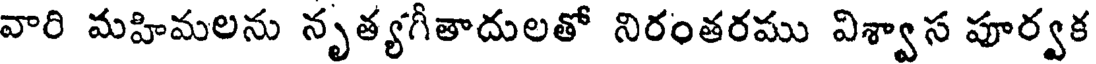
వారి మహిమలను నృత్యగీతాదులతో నిరంతరము విశ్వాస పూర్వక